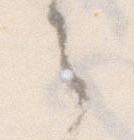
之